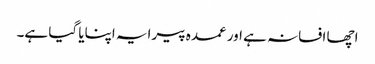
اچھا افسانہ ہے اور عمدہ پیرایہ اپنایا گیا ہے۔